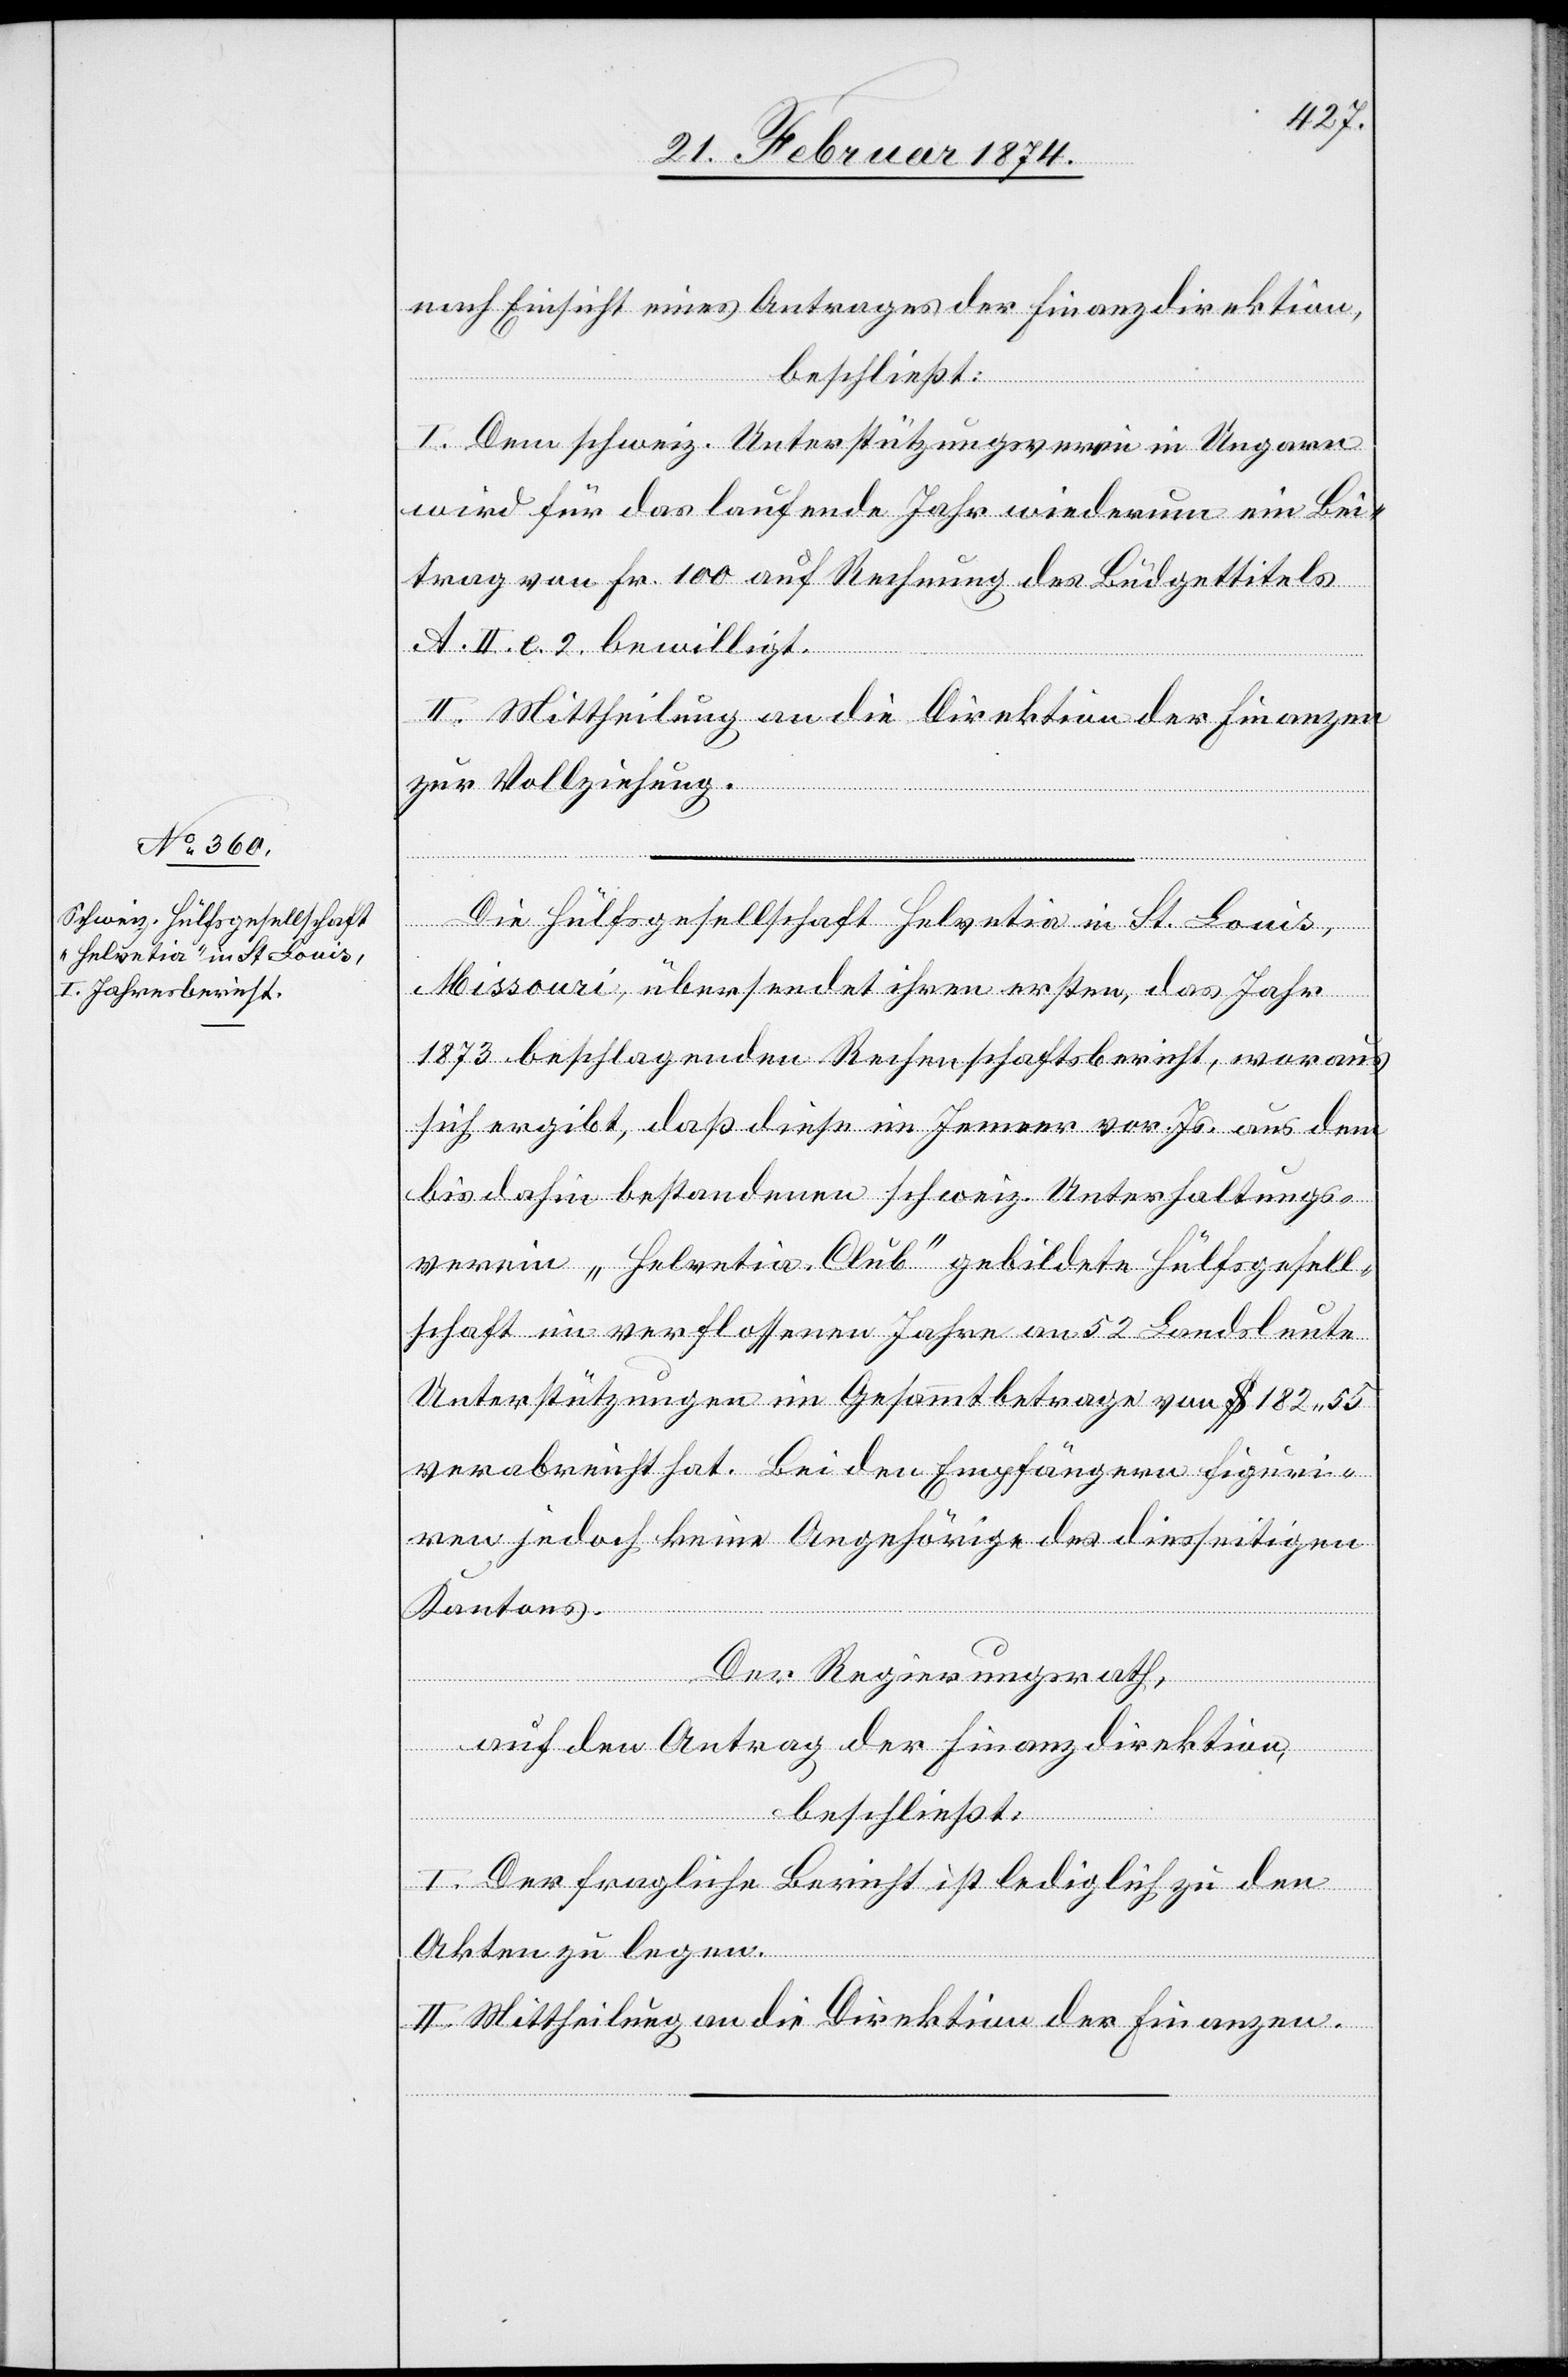
nach Einsicht eines Antrages der Finanzdirektion,
beschließt:
I. Dem schweiz. Unterstützungsverein in Ungarn
wird für das laufende Jahr wiederum ein Bei¬
trag von Fr. 100 auf Rechnung des Büdgettitels
A. II. e. 2 bewilligt.
II. Mittheilung an die Direktion der Finanzen
zur Vollziehung.
Die Hülfsgesellschaft Helvetia in St. Louis,
Missouri, übersendet ihren ersten, das Jahr
1873 beschlagenden Rechenschaftsbericht, woraus
sich ergibt, daß diese im Jenner vor. Js. aus dem
bis dahin bestandenen schweiz. Unterhaltungs¬
verein „Helvetia-Club“ gebildete Hülfsgesell¬
schaft im verflossenen Jahre an 52 Landsleute
Unterstützungen im Gesammtbetrage von $ 182.55
verabreicht hat. Bei den Empfängern figuri¬
ren jedoch keine Angehörige des diesseitigen
Kantons.
Der Regierungsrath,
auf den Antrag der Finanzdirektion,
beschließt:
I. Der fragliche Bericht ist lediglich zu den
Akten zu legen.
II. Mittheilung an die Direktion der Finanzen.